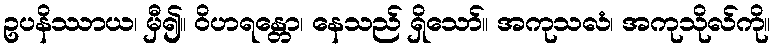
ဥပနိဿာယ၊ မှီ၍။ ဝိဟရန္တော၊ နေသည် ရှိသော်။ အကုသလံ၊ အကုသိုလ်ကို။